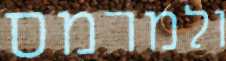
ולמרמס